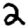
Digit: 2